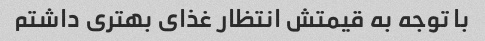
با توجه به قیمتش انتظار غذای بهتری داشتم